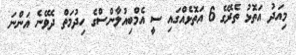
މިއަދު އަތޮޅު ތެރޭގެ 6 އަތޮޅެއްގައި ސީ އެމްބިއުލާންސްގެ ހިދުމަތް ދެވޭނެ އަންނަ